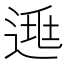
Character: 𨓱